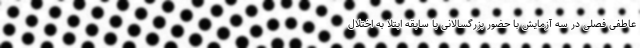
عاطفی فصلی در سه آزمایش با حضور بزرگسالانی با سابقه ابتلا به اختلال